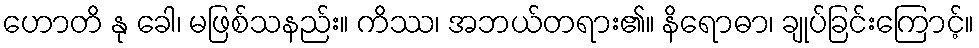
ဟောတိ နု ခေါ၊ မဖြစ်သနည်း။ ကိဿ၊ အဘယ်တရား၏။ နိရောဓာ၊ ချုပ်ခြင်းကြောင့်။